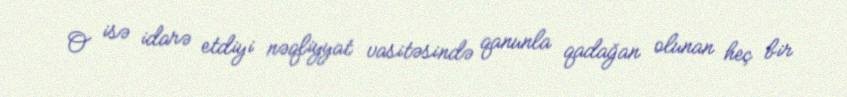
O isə idarə etdiyi nəqliyyat vasitəsində qanunla qadağan olunan heç bir